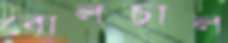
বোলচাল